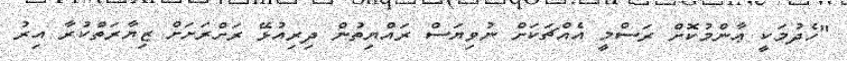
"ހެދުމަކީ ޢާންމުކޮށް ރަސްމީ އެއްޗަކަށް ނުވިޔަސް ރައްޔިތުން ދިރިއުޅޭ ރަށްރަށަށް ޒިޔާރަތްކުރާ އިރު